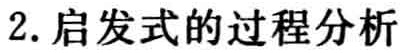
2. 启发式的过程分析